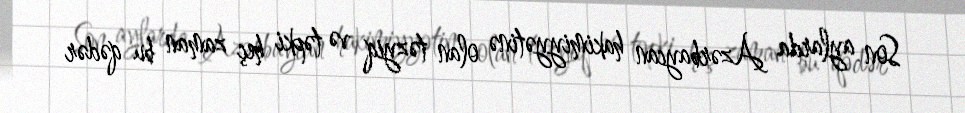
Son aylarda Azərbaycan hakimiyyətinə olan təzyiq və təpki heç zaman bu qədər